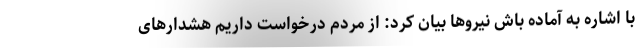
با اشاره به آماده باش نیروها بیان کرد: از مردم درخواست داریم هشدارهای